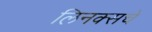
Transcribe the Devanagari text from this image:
लिनक्सचे